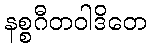
နစ္စဂီတဝါဒိတေ